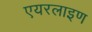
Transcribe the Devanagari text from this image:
एयरलाइण